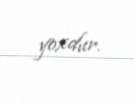
yoxdur.